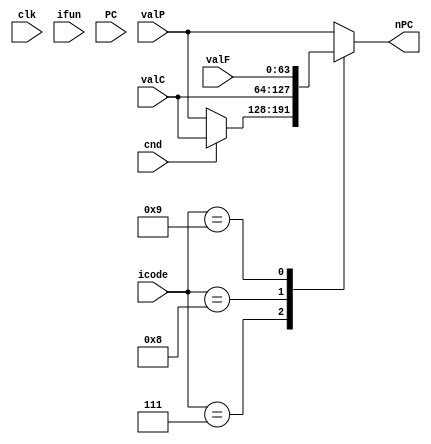
`timescale 1ns / 10ps

module pc_update(
    input clk,
    input cnd,
    input [3:0]icode,
    input [3:0]ifun,
    input [63:0]valC,
    input [63:0]valP,
    input [63:0]valF,
    input [63:0]PC,
    output reg [63:0]nPC
);

// DEFINING ICODE PARAMETERS

parameter HALT = 4'b0000;
parameter NOP = 4'b0001;
parameter CMOVXX = 4'b0010;
parameter IRMOVQ = 4'b0011;
parameter RMMOVQ = 4'b0100;
parameter MRMOVQ = 4'b0101;
parameter OPQ = 4'b0110;
parameter JXX = 4'b0111;
parameter CALL = 4'b1000;
parameter RET = 4'b1001;
parameter PUSHQ = 4'b1010;
parameter POPQ = 4'b1011;

always @(*)
begin
    
    case(icode)

    JXX:
    begin
        if(cnd == 1)
        begin
            nPC = valC;
        end
        else
        begin
            nPC = valP;
        end
    end

    CALL:
    begin
        nPC = valC;
    end

    RET:
    begin
        nPC = valF;
    end

    default:
    begin
        nPC = valP;
    end

    endcase

end

endmodule